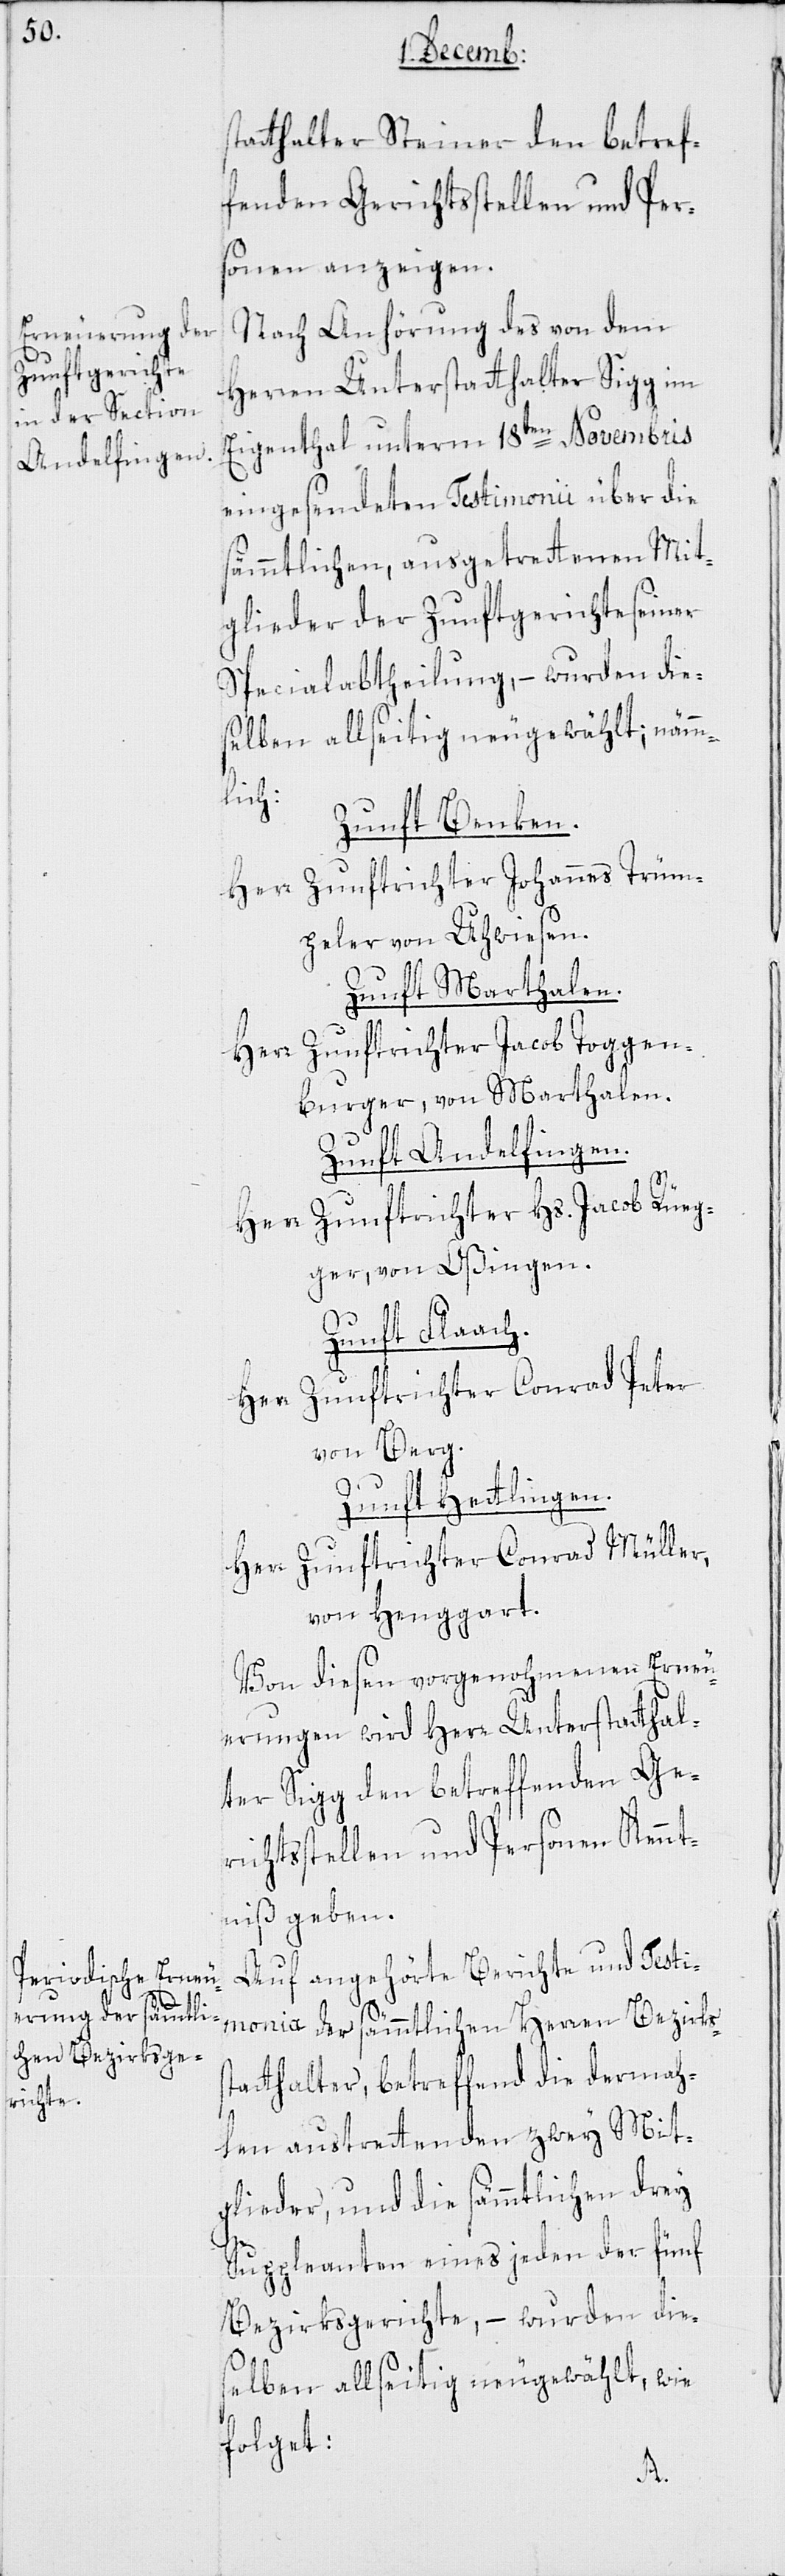
statthalter Steiner den betref¬
fenden Gerichtsstellen und Per¬
sonen anzeigen.
Nach Anhörung des von dem
Herren Unterstatthalter Sigg im
Eigenthal unterm 18ten Novembris
eingesendeten Testimonii über die
sämmtlichen ausgetrettenen Mit¬
glieder der Zunftgerichte seiner
Specialabtheilung, – wurden die¬
selben allseitig neu gewählt, nämm¬
lich:
Zunft Benken.
Herr Zunftrichter Johannes Trüm¬
peler von Uhwiesen.
Zunft Marthalen.
Herr Zunftrichter Jacob Toggen¬
burger, von Marthalen.
Zunft Andelfingen.
Herr Zunftrichter Hs. Jacob Rüeg¬
ger, von Oßingen.
Zunft Flaach.
Herr Zunftrichter Conrad Peter
von Berg.
Zunft Hettlingen.
Herr Zunftrichter Conrad Müller,
von Henggart.
Von diesen vorgenohmenen Erneu¬
erungen wird Herr Unterstatthal¬
ter Sigg den betreffenden Ge¬
richtsstellen und Personen Kennt¬
niß geben.
Auf angehörte Berichte und Testi¬
monia der sämmtlichen Herren Bezirkss¬
tatthalter, betreffend die dermah¬
len austrettenden zwey Mit¬
glieder, und die sämmtlichen drey
Suppleanten eines jeden der fünf
Bezirksgerichte, – wurden die¬
selben allseitig neu gewählt, wie
folget: